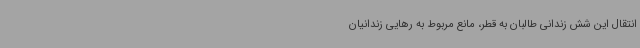
انتقال این شش زندانی طالبان به قطر، مانع مربوط به رهایی زندانیان